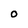
Character: O